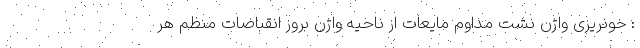
: خونریزی واژن نشت مداوم مایعات از ناحیه واژن بروز انقباضات منظم هر